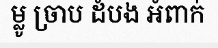
ម្លូ ច្រាប ដំបង អំពាក់